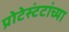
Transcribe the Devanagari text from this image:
प्रोटेस्टंटांच्या